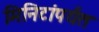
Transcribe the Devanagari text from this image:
मिनिटांपर्यंत